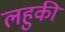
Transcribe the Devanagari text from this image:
लहुकी